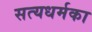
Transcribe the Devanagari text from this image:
सत्यधर्मका